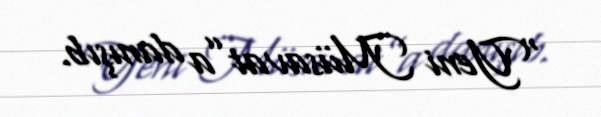
“Yeni Müsavat”a danışıb.